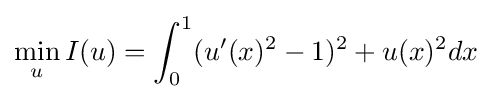
\min _{u}I(u)=\int _{0}^{1}(u'(x)^{2}-1)^{2}+u(x)^{2}dx